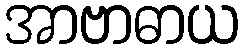
အာဗာဓာယ